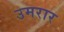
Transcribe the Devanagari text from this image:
उमरार